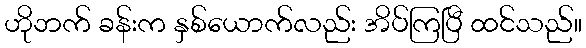
ဟိုဘက် ခန်းက နှစ်ယောက်လည်း အိပ်ကြပြီ ထင်သည်။